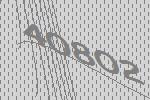
40802